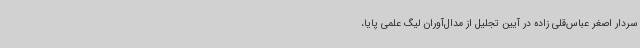
سردار اصغر عباس‌قلی زاده در آیین تجلیل از مدال‌آوران لیگ علمی پایا،